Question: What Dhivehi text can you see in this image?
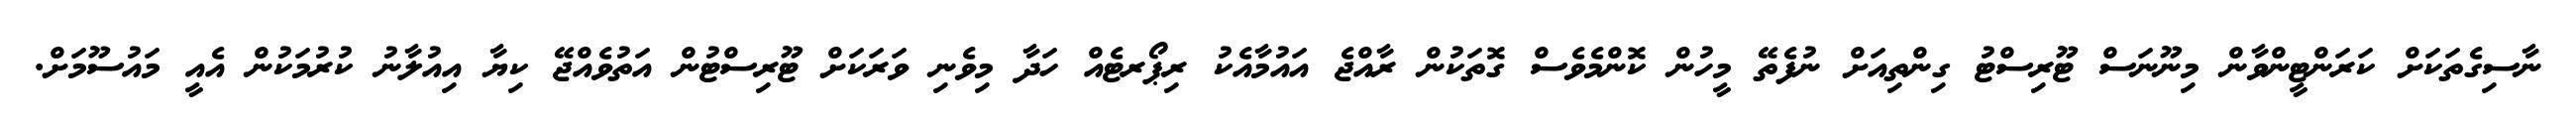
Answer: ނާސިގެތަކަށް ކަރަންޓީންވާން މިނޫނަސް ޓޫރިސްޓު ގިންތިއަށް ނުފެތޭ މީހުން ކޮންމެވެސް ގޮތަކުން ރާއްޖެ އައުމާއެކު ރިޕޯރޓެއް ހަދާ މިވެނި ވަރަކަށް ޓޫރިސްޓުން އަތުވެއްޖޭ ކިޔާ އިއުލާނު ކުރުމަކުން އެއީ މައުސޫމަށް.